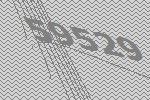
59529